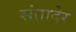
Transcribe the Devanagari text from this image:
संतादेर